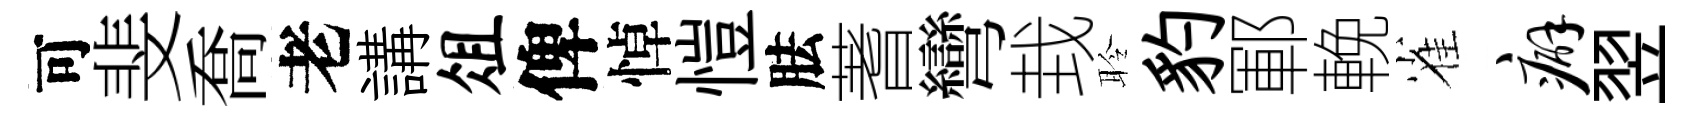
可斐喬老講俎俾悼愷胠蓍彎㘽聆豹鄆輓雀癖翌